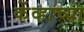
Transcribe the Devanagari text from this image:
केंव्हाच्या